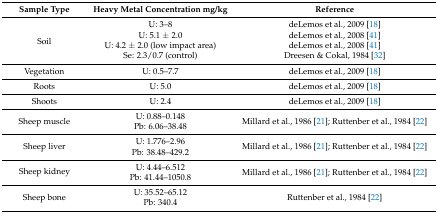
| Sample Type | Heavy Metal Concentration mg/kg | Reference |
 | --- | --- | --- |
 | <ROWSPAN=4> Soil | U: 3–8 | deLemos et al., 2009 [18] |
 | U: 5.1 ± 2.0 | deLemos et al., 2008 [41] |
 | U: 4.2 ± 2.0 (low impact area) | deLemos et al., 2008 [41] |
 | Se: 2.3/0.7 (control) | Dreesen & Cokal, 1984 [32] |
 | Vegetation | U: 0.5–7.7 | deLemos et al., 2009 [18] |
 | Roots | U: 5.0 | deLemos et al., 2009 [18] |
 | Shoots | U: 2.4 | deLemos et al., 2009 [18] |
 | <ROWSPAN=2> Sheep muscle | U: 0.88–0.148 | <ROWSPAN=2> Millard et al., 1986 [21]; Ruttenber et al., 1984 [22] |
 | Pb: 6.06–38.48 |
 | <ROWSPAN=2> Sheep liver | U: 1.776–2.96 | <ROWSPAN=2> Millard et al., 1986 [21]; Ruttenber et al., 1984 [22] |
 | Pb: 38.48–429.2 |
 | <ROWSPAN=2> Sheep kidney | U: 4.44–6.512 | <ROWSPAN=2> Millard et al., 1986 [21]; Ruttenber et al., 1984 [22] |
 | Pb: 41.44–1050.8 |
 | <ROWSPAN=2> Sheep bone | U: 35.52–65.12 | <ROWSPAN=2> Ruttenber et al., 1984 [22] |
 | Pb: 340.4 |